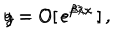
\, g = O [ \, e ^ { \beta \lambda x } \, ] \, , \hspace { 0 . 5 c m } y = O [ \, e ^ { \beta \lambda x } \, ] \, ,